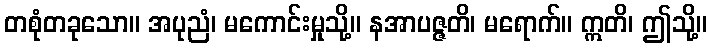
တစုံတခုသော။ အပုညံ၊ မကောင်းမှုသို့။ နအာပဇ္ဇတိ၊ မရောက်။ ဣတိ၊ ဤသို့။